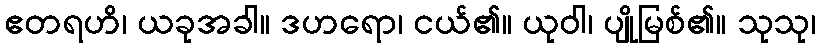
ဧတရဟိ၊ ယခုအခါ။ ဒဟရော၊ ငယ်၏။ ယုဝါ၊ ပျိုမြစ်၏။ သုသု၊